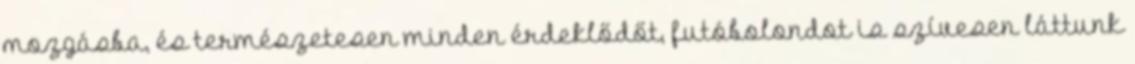
mozgásba, és természetesen minden érdeklődőt, futóbolondot is szívesen láttunk